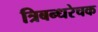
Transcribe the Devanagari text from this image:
त्रिबन्धरेचक